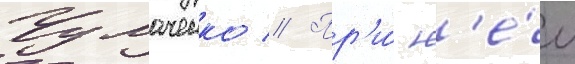
Чумаченко // Пр'и́ н'е́м